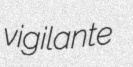
vigilante